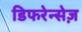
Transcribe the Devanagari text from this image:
डिफरेन्सेज़